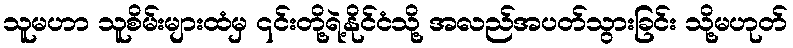
သူမဟာ သူစိမ်းများထံမှ ၎င်းတို့ရဲ့နိုင်ငံသို့ အလည်အပတ်သွားခြင်း သို့မဟုတ်